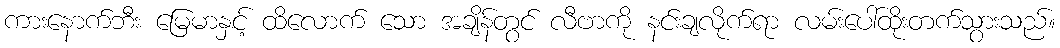
ကားနောက်ဘီး မြေမာနှင့် ထိလောက် သော အချိန်တွင် လီဗာကို နင်းချလိုက်ရာ လမ်းပေါ်ထိုးတက်သွားသည်။